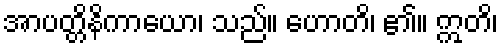
အာပတ္တိနိကာယော၊ သည်။ ဟောတိ၊ ၏။ ဣတိ၊